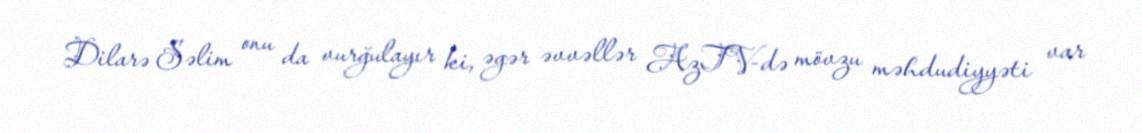
Dilarə Səlim onu da vurğulayır ki, əgər əvvəllər AzTV-də mövzu məhdudiyyəti var